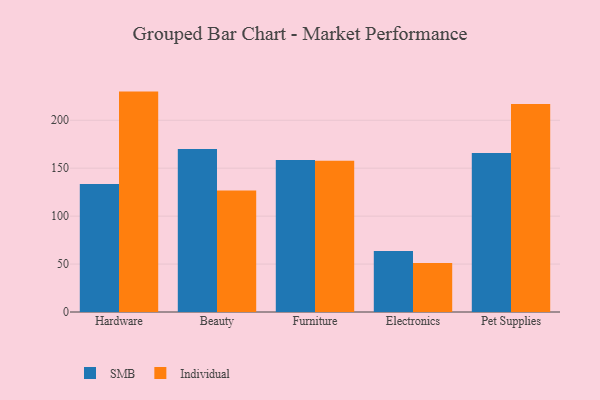
{"axis": {"x": "Category", "y": "Website Visitors"}, "legend": ["Individual", "SMB"], "data": [{"x": "Hardware", "y": 133.5, "type": "SMB"}, {"x": "Hardware", "y": 229.9, "type": "Individual"}, {"x": "Beauty", "y": 169.9, "type": "SMB"}, {"x": "Beauty", "y": 126.8, "type": "Individual"}, {"x": "Furniture", "y": 158.5, "type": "SMB"}, {"x": "Furniture", "y": 157.7, "type": "Individual"}, {"x": "Electronics", "y": 63.6, "type": "SMB"}, {"x": "Electronics", "y": 51.2, "type": "Individual"}, {"x": "Pet Supplies", "y": 165.9, "type": "SMB"}, {"x": "Pet Supplies", "y": 216.9, "type": "Individual"}]}